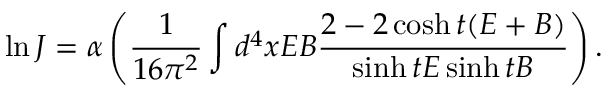
\ln J = \alpha \left( \frac { 1 } { 1 6 \pi ^ { 2 } } \int d ^ { 4 } x E B \frac { 2 - 2 \cosh t ( E + B ) } { \sinh t E \sinh t B } \right) .